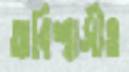
অবিশ্বাসীও